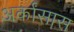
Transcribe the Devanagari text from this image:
अर्कांसास